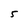
Character: 5